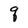
Character: q